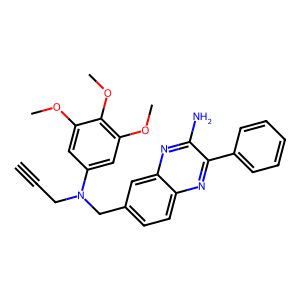
SMILES: C#CCN(Cc1ccc2nc(-c3ccccc3)c(N)nc2c1)c1cc(OC)c(OC)c(OC)c1
Inhibits HIV replication: No